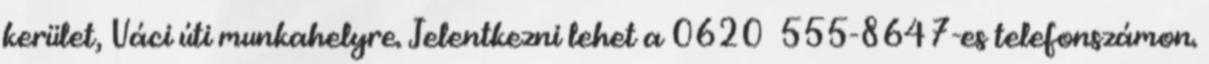
kerület, Váci úti munkahelyre. Jelentkezni lehet a 0620 555-8647-es telefonszámon.